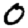
Digit: 0